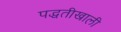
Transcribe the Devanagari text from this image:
पद्धतीखाली